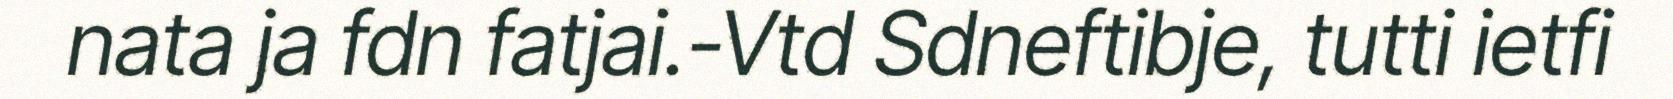
nata ja fdn fatjai.-Vtd Sdneftibje, tutti ietfi